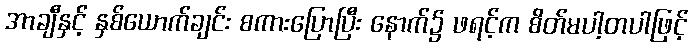
အာချီနှင့် နှစ်ယောက်ချင်း စကားပြောပြီး နောက်၌ ဖရင့်က စိတ်မပါ့တပါဖြင့်